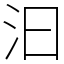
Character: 汩